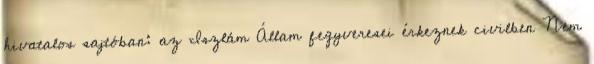
hivatalos sajtóban: az Iszlám Állam fegyveresei érkeznek civilben Nem